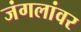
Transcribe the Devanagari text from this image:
जंगलांवर